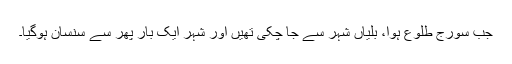
جب سورج طلوع ہوا، بلّیاں شہر سے جا چکی تھیں اور شہر ایک بار پھر سے سنسان ہوگیا۔